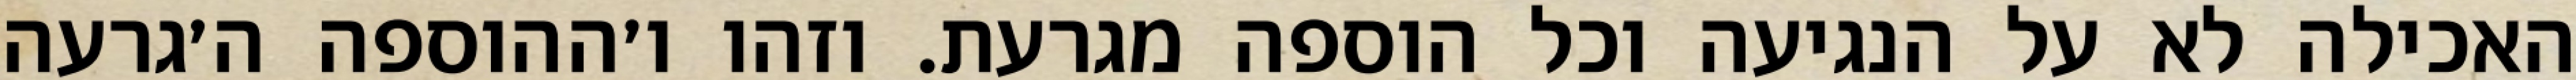
האכילה לא על הנגיעה וכל הוספה מגרעת. וזהו ו׳ההוספה ה׳גרעה